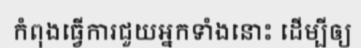
កំពុងធ្វើការជួយអ្នកទាំងនោះ ដើម្បីឲ្យ